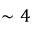
\sim 4